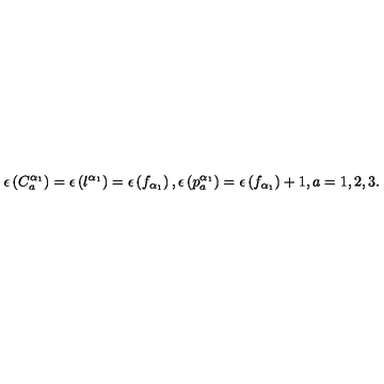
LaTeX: \epsilon \left( C _ { a } ^ { \alpha _ { 1 } } \right) = \epsilon \left( l ^ { \alpha _ { 1 } } \right) = \epsilon \left( f _ { \alpha _ { 1 } } \right) , \epsilon \left( p _ { a } ^ { \alpha _ { 1 } } \right) = \epsilon \left( f _ { \alpha _ { 1 } } \right) + 1 , a = 1 , 2 , 3 .